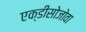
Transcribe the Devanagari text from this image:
एक्डीसोजोवा